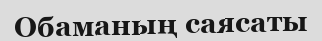
Обаманың саясаты